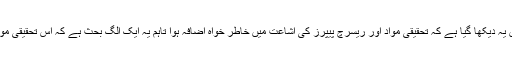
گزشتہ ایک دہائی میں یہ دیکھا گیا ہے کہ تحقیقی مواد اور ریسرچ پیپرز کی اشاعت میں خاطر خواہ اضافہ ہوا تاہم یہ ایک الگ بحث ہے کہ اس تحقیقی مواد کا معیار کیسا ہے۔